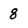
Character: 8